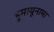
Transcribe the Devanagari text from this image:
हुमायूनामा